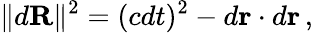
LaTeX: \| d\mathbf{R}\| ^{2}=(cdt)^{2}-d\mathbf{r}\cdot d\mathbf{r}\, ,